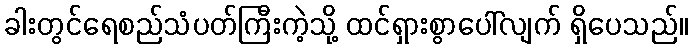
ခါးတွင်ရေစည်သံပတ်ကြီးကဲ့သို့ ထင်ရှားစွာပေါ်လျက် ရှိပေသည်။